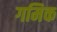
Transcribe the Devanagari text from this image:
गमिक